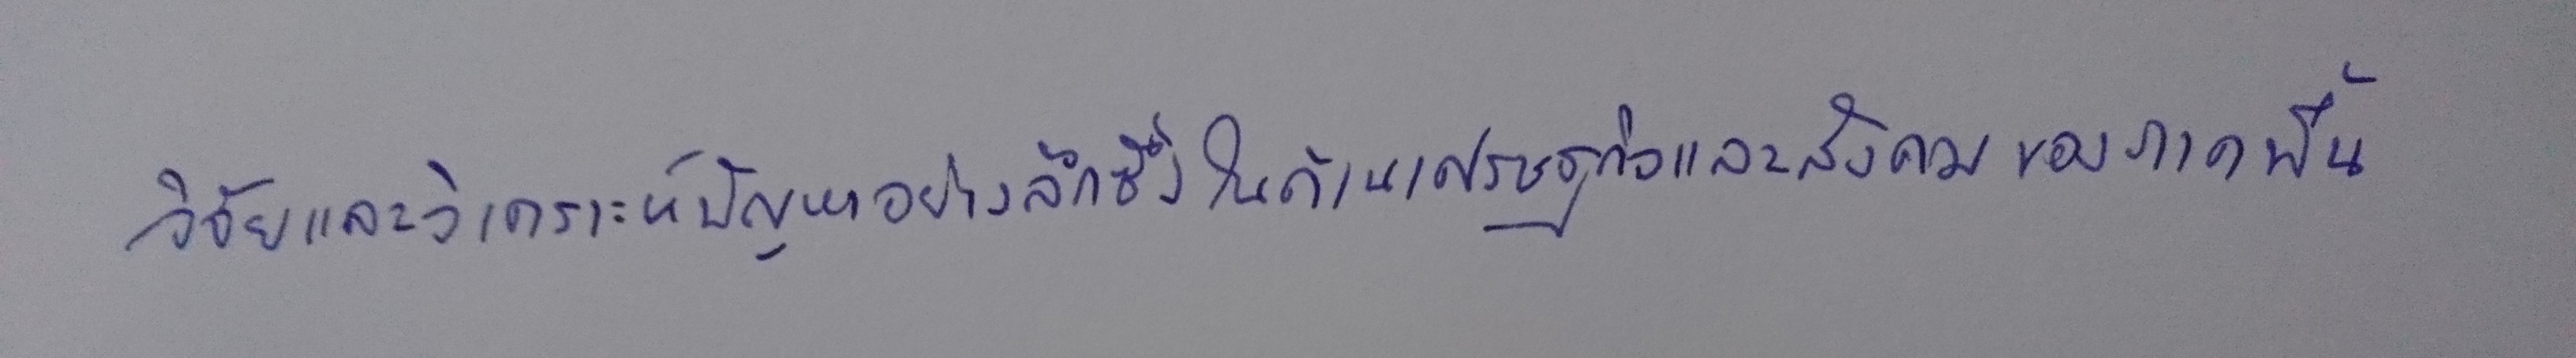
๑)วิจัยและวิเคราะห์ปัญหาอย่างลึกซึ้งในด้านเศรษฐกิจและสังคมของภาคพื้น